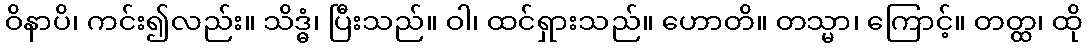
ဝိနာပိ၊ ကင်း၍လည်း။ သိဒ္ဓံ၊ ပြီးသည်။ ဝါ၊ ထင်ရှားသည်။ ဟောတိ။ တသ္မာ၊ ကြောင့်။ တတ္ထ၊ ထို